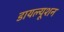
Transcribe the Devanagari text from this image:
डायल्यूशन